Indian journal of veterinary science and animal husbandry - Volume 6,
Year: 1936
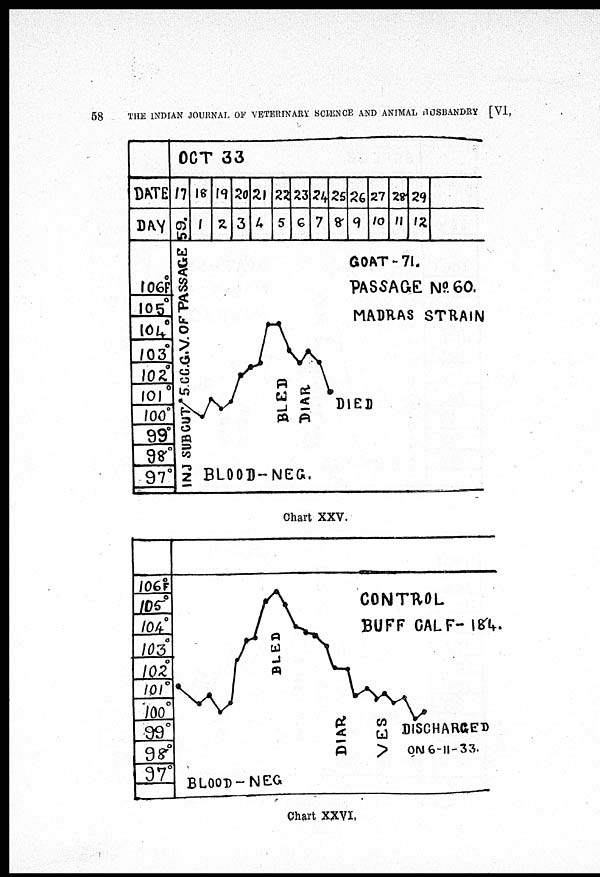
58
THE INDIAN JOURNAL OF VETERINARY SCIENCE AND ANIMAL HUSBANDRY [VI,
Chart XXV.
Chart XXVI.